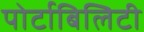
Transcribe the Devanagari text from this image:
पोर्टाबिलिटी